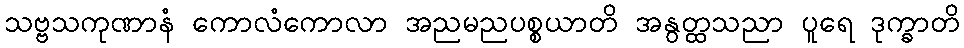
သဗ္ဗသကုဏာနံ ကောလံကောလာ အညမညပစ္စယာတိ အနွတ္ထသညာ ပူရေ ဒုက္ခာတိ